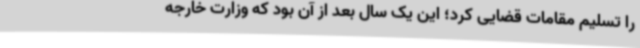
را تسلیم مقامات قضایی کرد؛ این یک سال بعد از آن بود که وزارت خارجه